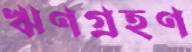
ঋণগ্রহণ